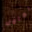
نعامل